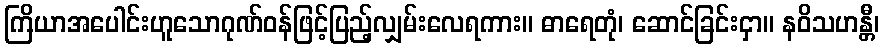
ကြိယာအပေါင်းဟူသောဂုဏ်ဝန်ဖြင့်ပြည့်လျှမ်းလေရကား။ ဓာရေတုံ၊ ဆောင်ခြင်းငှာ။ နဝိသဟန္တီ၊